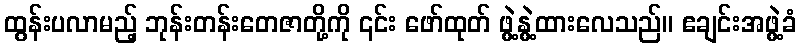
ထွန်းပလာမည့် ဘုန်းတန်းတေဇာတို့ကို ၎င်း ဖော်ထုတ် ဖွဲ့နွဲ့ထားလေသည်။ ဧချင်းအဖွဲ့ခံ